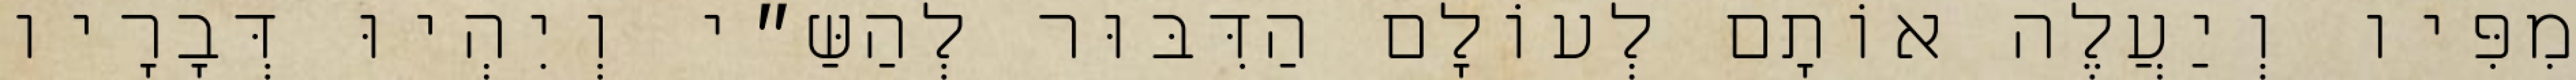
מִפִּיו וְיַעֲלֶה אוֹתָם לְעוֹלָם הַדִּבּוּר לְהַשַּ״י וְיִהְיוּ דְּבָרָיו